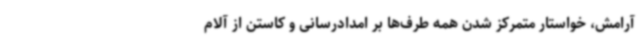
آرامش، خواستار متمرکز شدن همه طرف‌ها بر امدادرسانی و کاستن از آلام